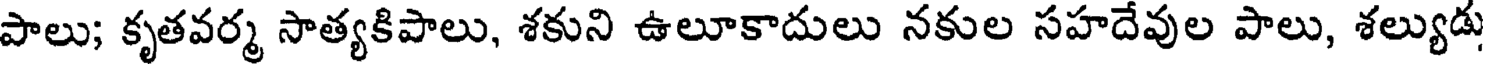
పాలు; కృతవర్మ సాత్యకిపాలు, శకుని ఉలూకాదులు నకుల సహదేవుల పాలు, శల్యుడు